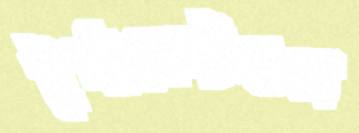
টুর্নামেন্টগুল